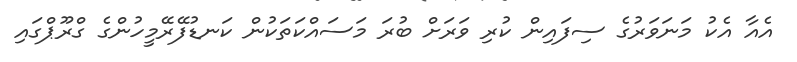
އެއާ އެކު މަނަވަރުގެ ސިފައިން ކުރި ވަރަށް ބުރަ މަސައްކަތަކުން ކަނޑުފޭރޭމީހުންގެ ގްރޫޕްގައި